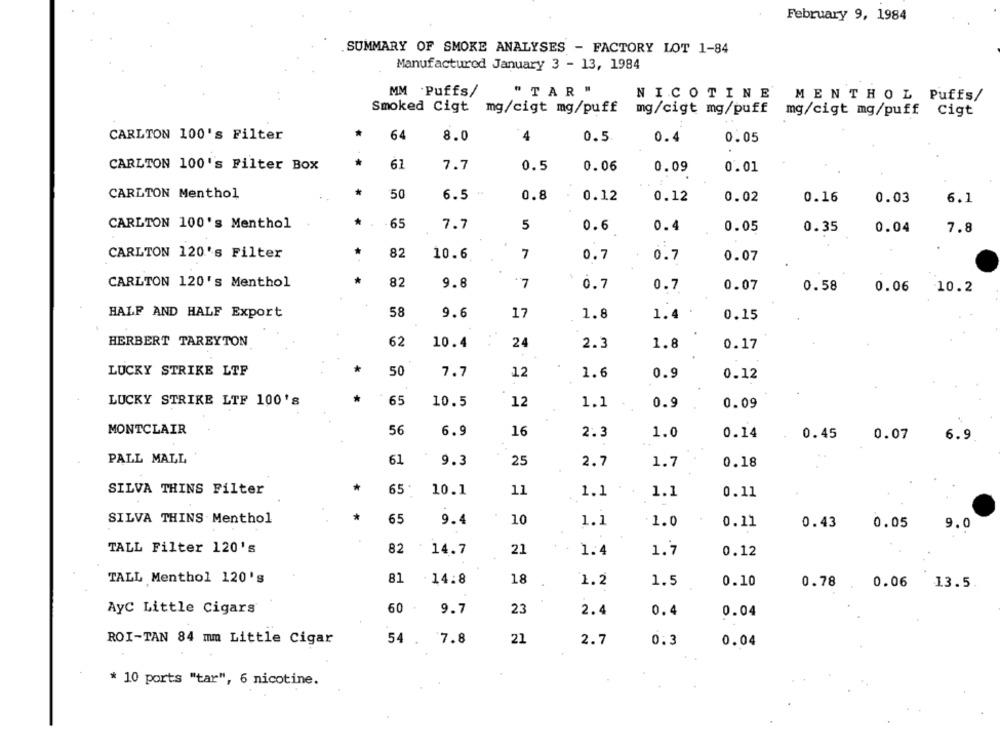
February 9, 1984
SUMMARY OF SMOKE ANALYSES - FACTORY LOT 1-84
Manufactured January 3 - 13, 1984
MM Puffs/
" TAR "
NICOTINE MENTHOL Puffs/
Smoked Cigt mg/cigt mg/puff
mg/cigt mg/puff mg/cigt mg/puff Cigt
CARLTON 100's Filter
*
64
8.0
4
0.5
0.4
0.05
CARLTON 100's Filter Box
*
61
7.7
0.5
0.06
0.09
0.01
CARLTON Menthol
*
50
6.5 "
0.8
0.12
0.12
0.02
0.16
0.03
6.1
CARLTON 100's Menthol
*
65
7.7
5
0.6
0.4
0.05
0.35
0.04
7.8
CARLTON 120's Filter
82
10.6
7
0.7
0.7
0.07
CARLTON 120's Menthol
*
82
9.8
.7
0.7
0.7
0.07
0.58
0.06
10.2
HALF AND HALF Export
58
9.6
17
1.8
1.4
0.15
HERBERT TAREYTON
62
10.4
24
2.3
1.8
0.17
*
LUCKY STRIKE LTF
50
7.7
12
1.6
0.9
0.12
LUCKY STRIKE LTF 100's
65
10.5
12
1.1
0.9
0.09
MONTCLAIR
56
6.9
16
2.3
1.0
0.14
0.45
0.07
6.9
PALL MALL
61
9.3
25
2.7
1.7
0.18
*
SILVA THINS Filter
65.
10.1
11
1.1
1.1
0.11
*
SILVA THINS Menthol
65
9.4
10
1.1
1.0
0.11
0.43
0.05
9.0
TALL Filter 120's
82
14.7
21
1.4
1.7
0.12
TALL Menthol 120's
81
: 14.8
18
1.2
1.5
0.10
0.78
0.06
13.5.
AyC Little Cigars
60
9.7
23
2.4
0.4
0.04
ROI-TAN 84 mm Little Cigar
54 .
7.8
21
2.7
0.3
0.04
* 10 ports "tar", 6 nicotine.